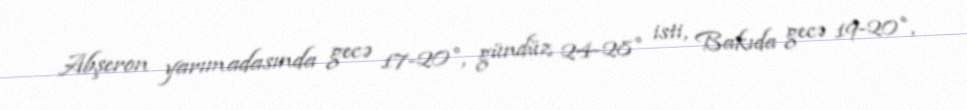
Abşeron yarımadasında gecə 17-20°, gündüz 24-28° isti, Bakıda gecə 19-20°,